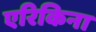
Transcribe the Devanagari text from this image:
एरिकिना